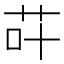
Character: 𮶡